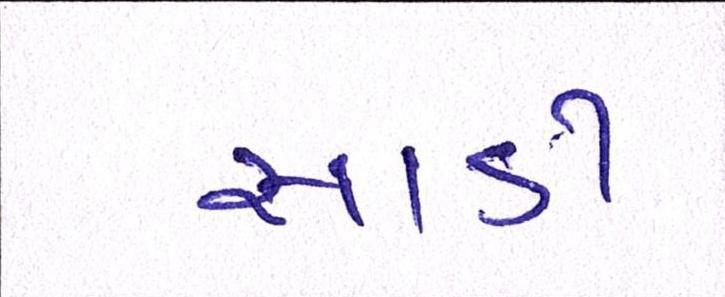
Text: સાડી